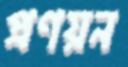
প্রণয়ন